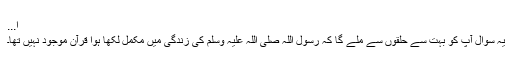
ا...
یہ سوال آپ کو بہت سے حلقوں سے ملے گا کہ رسول اللہ صلی اللہ علیہ وسلم کی زندگی میں‌ مکمل لکھا ہوا قرآن موجود نہیں تھا۔